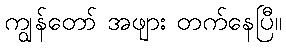
ကျွန်တော် အဖျား တက်နေပြီ။